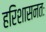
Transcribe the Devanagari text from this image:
हरिशासनतः